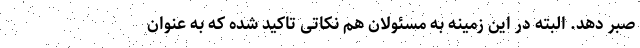
صبر دهد. البته در این زمینه به مسئولان هم نکاتی تاکید شده که به عنوان